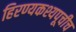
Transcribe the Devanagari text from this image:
हिरण्यकश्यपूचीच